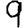
Digit: 9